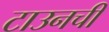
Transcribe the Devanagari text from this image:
टाउनची